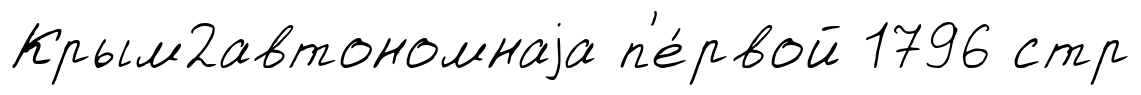
Крым2автономнаjа п'е́рвой 1796 стр